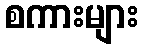
စကားများ